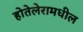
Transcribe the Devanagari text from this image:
होतेलेरामधील